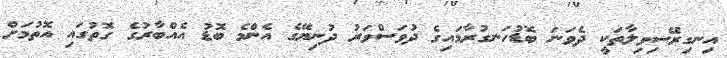
އިނގިރޭސިވިލާތަކީ ދެވަނަ ބޮޑުހަނގުރާމައިގެ ދުވަސްވަރު ދުނިޔޭގެ އެންމެ ބޮޑު އެއްބާރުގެ ގޮތުގައި އޮތުމަށް